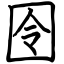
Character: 囹